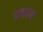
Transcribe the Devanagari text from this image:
प्रभाब